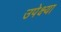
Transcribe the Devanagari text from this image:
उपेक्ष्या